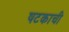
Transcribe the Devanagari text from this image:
षटकाची